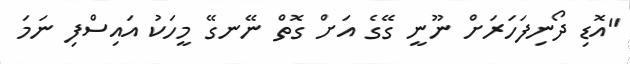
"އޮޑި ދޯނިފަހަރަށް ނޫނީ ގޭގެ އަށް ގޮތް ނޭނގޭ މީހަކު އައިސްފި ނަމަ